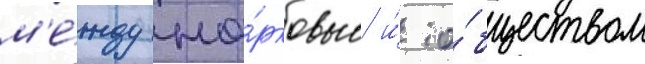
м'е́жду це́рковью и́ о́бществом